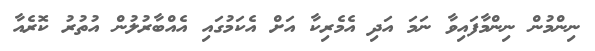
ނިންމުން ނިންމާފައިވާ ނަމަ އަދި އެމެރިކާ އަށް އެކަމުގައި އެއްބާރުލުން އުތުރު ކޮރެއާ